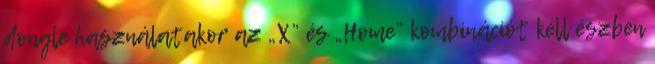
dongle használatakor az „X” és „Home” kombinációt kell észben